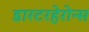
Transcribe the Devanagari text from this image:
डारटरहेरोन्स